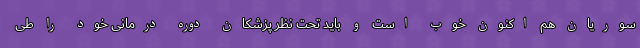
سوریان هم اکنون خوب است و باید تحت نظر پزشکان دوره درمانی خود را طی